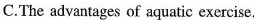
C.The advantages of aquatic exercise.